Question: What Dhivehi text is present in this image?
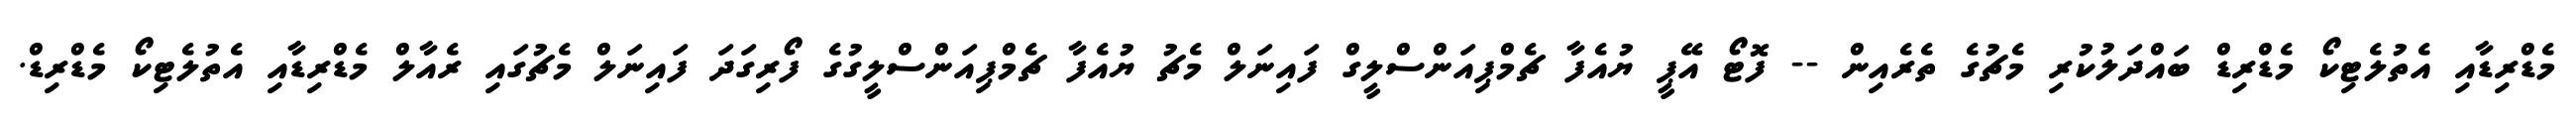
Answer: މެޑްރިޑާއި އެތުލެޓިކޯ މެޑްރިޑް ބައްދަލުކުރި މެޗުގެ ތެރެއިން -- ފޮޓޯ އޭޕީ ޔުއެފާ ޗެމްޕިއަންސްލީގް ފައިނަލް މެޗު ޔުއެފާ ޗެމްޕިއަންސްލީގުގެ ފޯރިގަދަ ފައިނަލް މެޗުގައި ރެއާލް މެޑްރިޑާއި އެތުލެޓިކޯ މެޑްރިޑް.